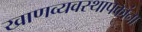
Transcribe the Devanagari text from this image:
खाणव्यवस्थापकांना